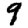
Digit: 9